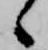
ゝ